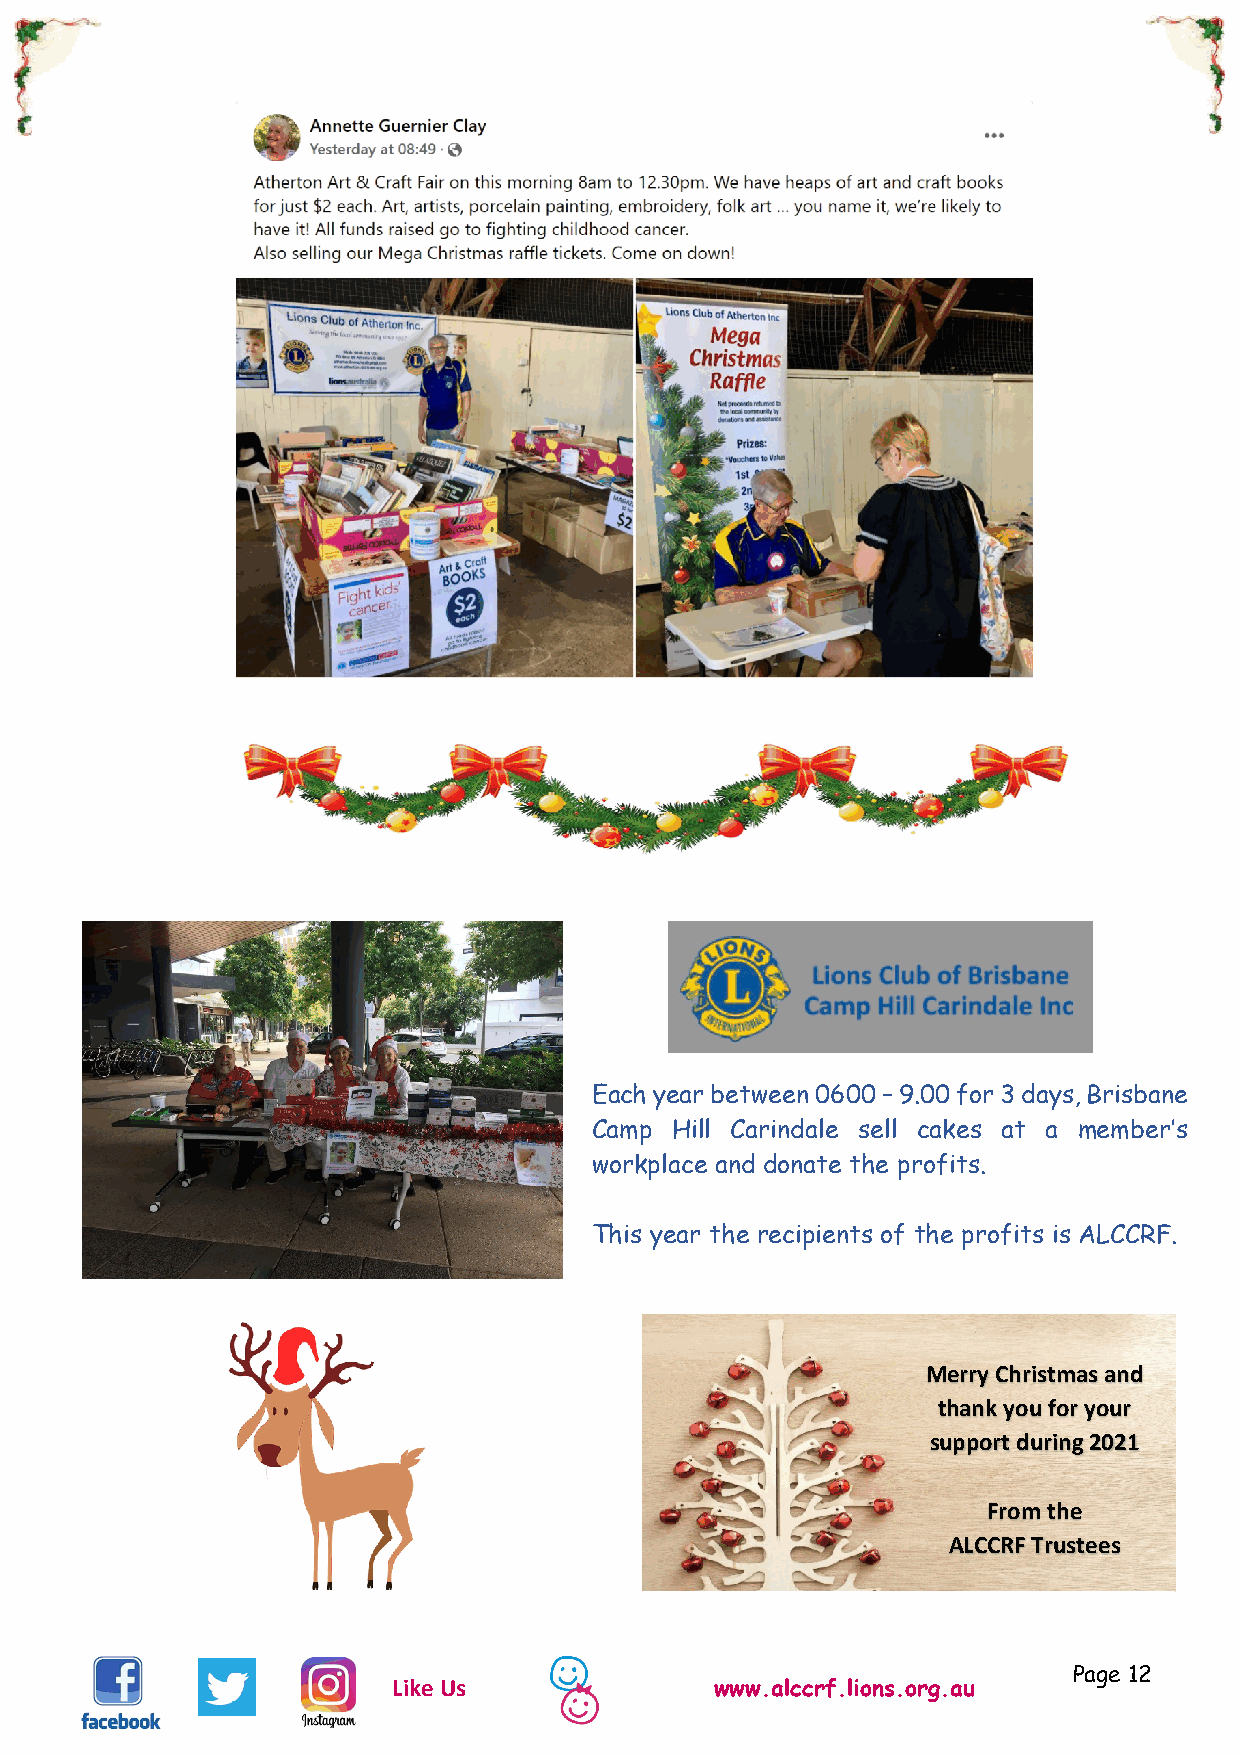
From a Facebook post Sunday 21/11/2021
 Each year between 0600 – 9.00 for 3 days, Brisbane
 Camp Hill Carindale sell cakes at a member’s
 workplace and donate the profits.
 This year the recipients of the profits is ALCCRF.
 Merry Christmas and
 thank you for your
 support during 2021
 From the
 ALCCRF Trustees
 Page 12
 Like Us              www.alccrf.lions.org.au